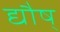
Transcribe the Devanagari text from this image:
द्यौष्